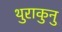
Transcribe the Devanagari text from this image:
थुराकुनु